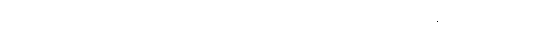
သံဃဘေဒံ၊ သံဃဘေဒကကံကို။ ကတွာ၊ ပြု၍။ ကပ္ပဝိနာသေယေဝ၊